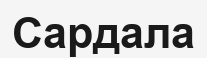
Сардала